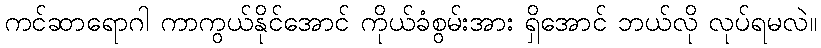
ကင်ဆာရောဂါ ကာကွယ်နိုင်အောင် ကိုယ်ခံစွမ်းအား ရှိအောင် ဘယ်လို လုပ်ရမလဲ။